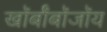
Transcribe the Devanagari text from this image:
खॉर्बॉबॉजॉय